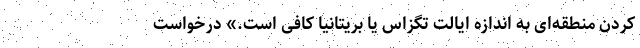
کردن منطقه‌ای به اندازه ایالت تگزاس یا بریتانیا کافی است.» درخواست